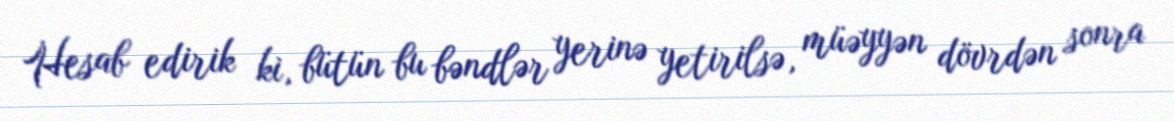
Hesab edirik ki, bütün bu bəndlər yerinə yetirilsə, müəyyən dövrdən sonra